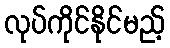
လုပ်ကိုင်နိုင်မည့်